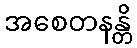
အစေတနန္တိ